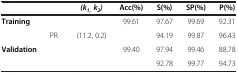
<table><thead><tr><td colspan="2">[EMPTY_CELL]</td><td><b><i>(k</i><sub><i>1, </i></sub><i>k</i><sub><i>2</i></sub><i>)</i></b></td><td><b>Acc(%)</b></td><td><b>S(%)</b></td><td><b>SP(%)</b></td><td><b>P(%)</b></td></tr></thead><tbody><tr><td rowspan="2"><b>Training</b></td><td>[EMPTY_CELL]</td><td>[EMPTY_CELL]</td><td>99.61</td><td>97.67</td><td>99.69</td><td>92.31</td></tr><tr><td>PR</td><td>(11.2, 0.2)</td><td>[EMPTY_CELL]</td><td>94.19</td><td>99.87</td><td>96.43</td></tr><tr><td rowspan="2"><b>Validation</b></td><td>[EMPTY_CELL]</td><td>[EMPTY_CELL]</td><td>99.40</td><td>97.94</td><td>99.46</td><td>88.78</td></tr><tr><td>[EMPTY_CELL]</td><td>[EMPTY_CELL]</td><td>[EMPTY_CELL]</td><td>92.78</td><td>99.77</td><td>94.73</td></tr></tbody></table>